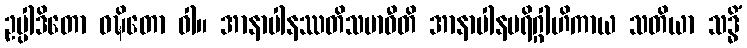
ဥပ္ပါဒိတော ဝဍ္ဎိတော ဝါ။ အာနာပါနဿတိသမာဓီတိ အာနာပါနပရိဂ္ဂါဟိကာယ သတိယာ သဒ္ဓိံ